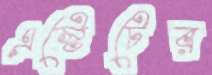
এস্টেটের